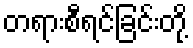
တရားစီရင်ခြင်းတို့